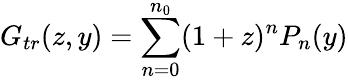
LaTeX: G_{tr}(z,y)=\sum_{n=0}^{n_{0}}(1+z)^{n}P_{n}(y)